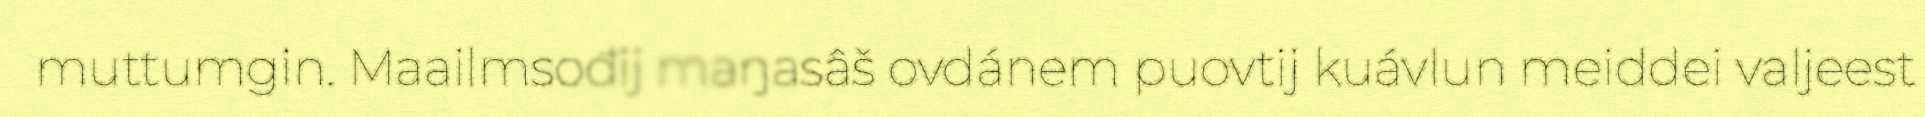
muttumgin. Maailmsođij maŋasâš ovdánem puovtij kuávlun meiddei valjeest